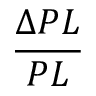
\frac { \Delta P L } { P L }